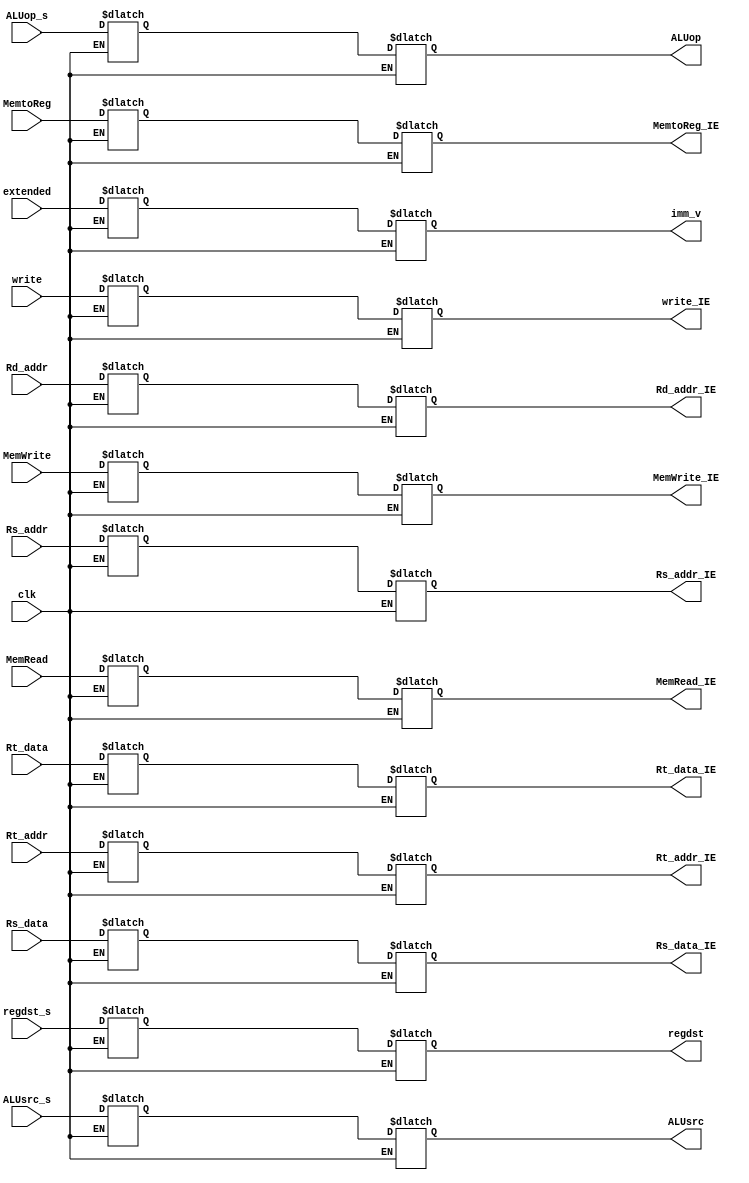
module ID_EX (
    input clk,
    //WB
    input  write,
    input  MemtoReg,

    output reg write_IE,
    output reg MemtoReg_IE,
    //M
    input  MemRead,
    input  MemWrite,

    output reg MemRead_IE,
    output reg MemWrite_IE,
    //EX
    input regdst_s,
    input ALUsrc_s,
    input [1:0] ALUop_s,

    output reg regdst,
    output reg ALUsrc,
    output reg[1:0] ALUop,
    //data
    input [4:0] Rd_addr,
    input [4:0] Rt_addr,

    input [31:0] Rs_data,
    input [31:0] Rt_data,
    input [31:0] extended,

    output reg [4:0] Rd_addr_IE,
    output reg [4:0] Rt_addr_IE,
    output reg [31:0] Rs_data_IE,
    output reg [31:0] Rt_data_IE,
    output reg [31:0] imm_v,
    //special for forwarding unit
    input [4:0] Rs_addr,

    output reg [4:0] Rs_addr_IE
  );

  reg WB_write;
  reg WB_MemtoReg;
  reg M_MemRead;
  reg M_MemWrite;
  reg[1:0] EX_ALUop;
  reg EX_Regdst;
  reg EX_ALUsrc;
  reg [31:0] D_Rs_data;
  reg [31:0] D_Rt_data;
  reg [4:0] D_Rd_addr;
  reg [4:0] D_Rt_addr;
  reg [4:0] D_Rs_addr;
  reg [31:0] D_imm;

  always @(clk )  //triger when clk change
  begin
    if (clk)      //read in data when posedge clk
    begin
      //WB
      WB_write=write;
      WB_MemtoReg=MemtoReg;
      //M
      M_MemRead=MemRead;
      M_MemWrite=MemWrite;
      //EX
      EX_Regdst=regdst_s;
      EX_ALUsrc=ALUsrc_s;
      EX_ALUop=ALUop_s;
      //data
      D_Rs_data=Rs_data;
      D_Rt_data=Rt_data;
      D_Rd_addr=Rd_addr;
      D_Rt_addr=Rt_addr;
      D_Rs_addr=Rs_addr;
      D_imm=extended;
    end
    else       //write when negedge of clk
    begin
      //WB
      write_IE= WB_write;
      MemtoReg_IE=WB_MemtoReg;
      //M
      MemRead_IE=M_MemRead;
      MemWrite_IE=M_MemWrite;
      //EX
      regdst=EX_Regdst;
      ALUsrc=EX_ALUsrc;
      ALUop=EX_ALUop;
      //data
      Rs_data_IE=D_Rs_data;
      Rt_data_IE=D_Rt_data;
      Rd_addr_IE=D_Rd_addr;
      Rt_addr_IE=D_Rt_addr;
      Rs_addr_IE=D_Rs_addr;
      imm_v=D_imm;
    end
  end

endmodule